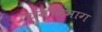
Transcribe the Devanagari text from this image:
युगविभाग